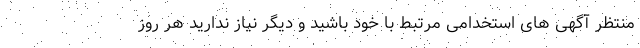
منتظر آگهی های استخدامی مرتبط با خود باشید و دیگر نیاز ندارید هر روز